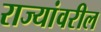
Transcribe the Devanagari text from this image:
राज्यांवरील